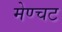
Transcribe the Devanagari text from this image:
मेण्चट